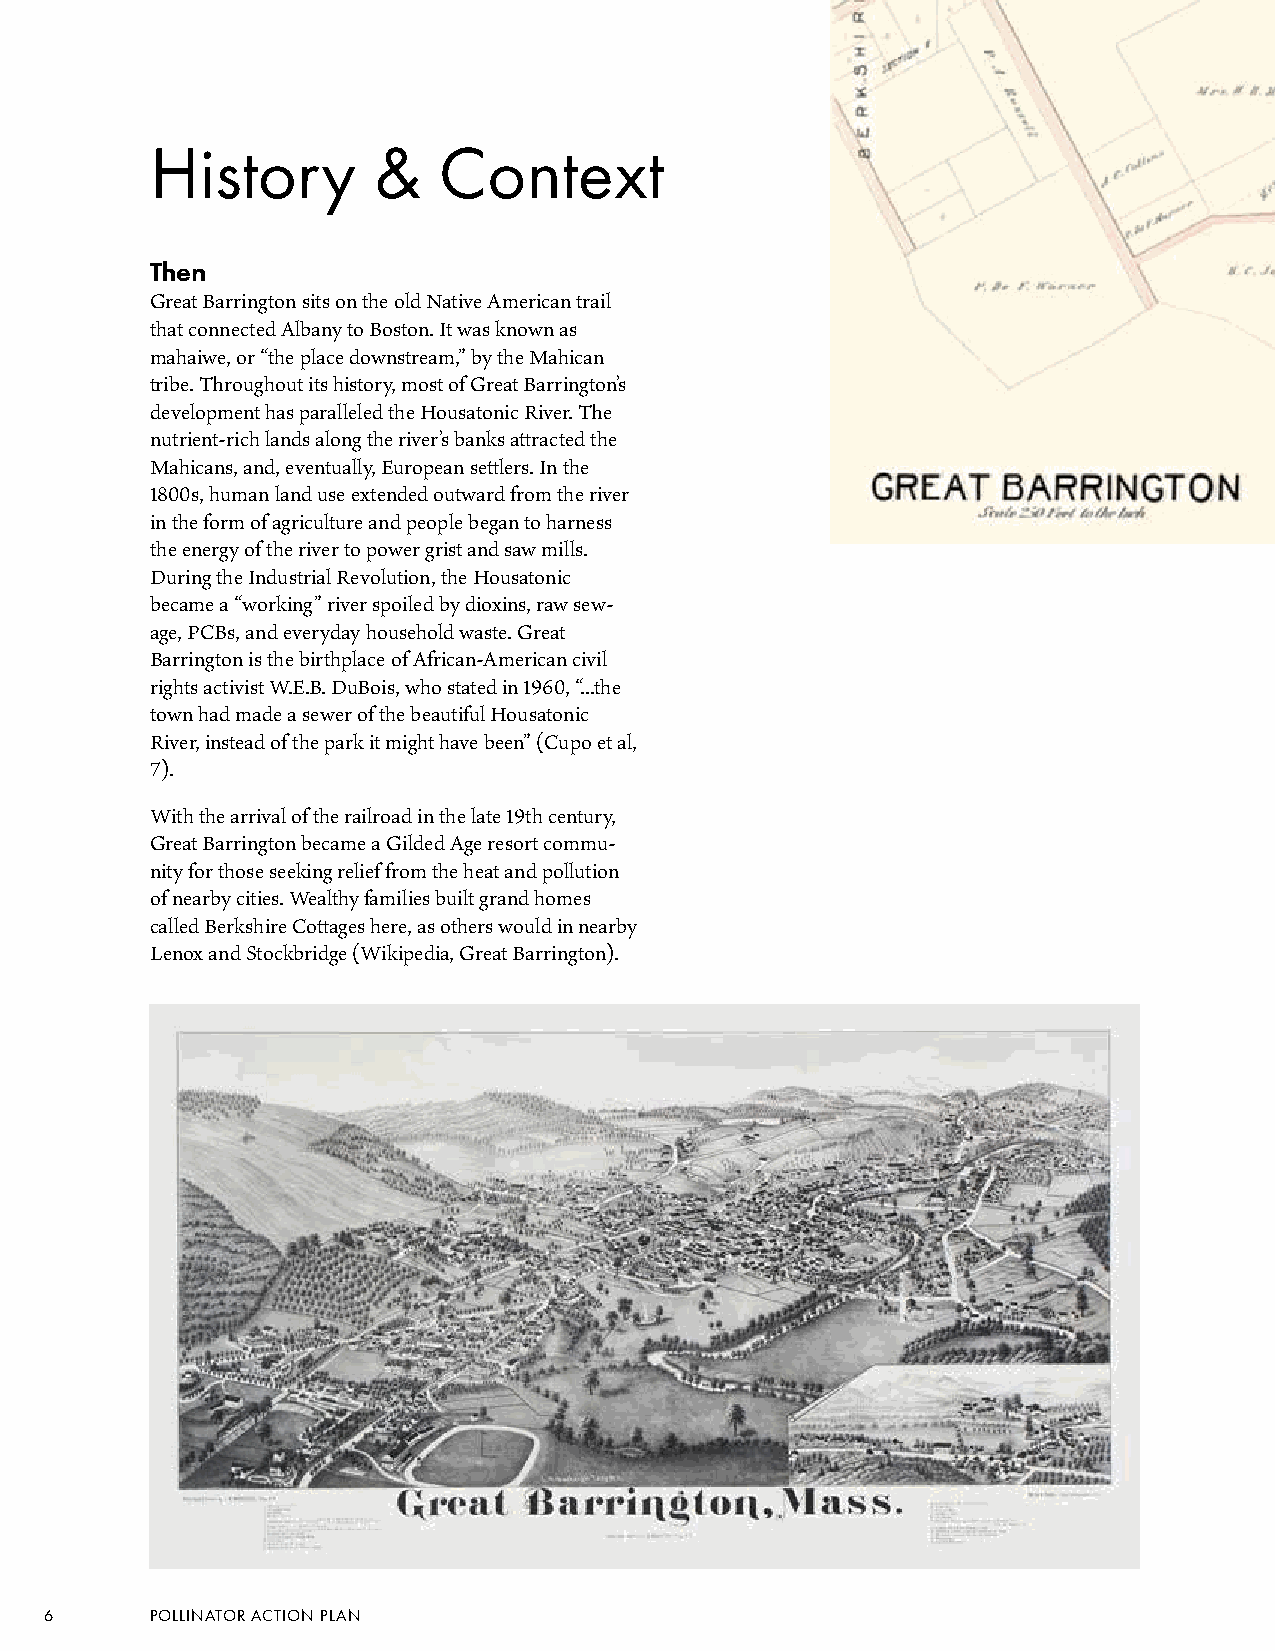
History        &   Context
 Then
 Great Barrington sits on the old Native American trail
 that connected Albany to Boston. It was known as
 mahaiwe, or “the place downstream,” by the Mahican
 tribe. Throughout its history, most of Great Barrington’s
 development has paralleled the Housatonic River. The
 nutrient-rich lands along the river’s banks attracted the
 Mahicans, and, eventually, European settlers. In the
 1800s, human land use extended outward from the river
 in the form of agriculture and people began to harness
 the energy of the river to power grist and saw mills.
 During the Industrial Revolution, the Housatonic
 became a “working” river spoiled by dioxins, raw sew-
 age, PCBs, and everyday household waste. Great
 Barrington is the birthplace of African-American civil
 rights activist W.E.B. DuBois, who stated in 1960, “...the
 town had made a sewer of the beautiful Housatonic
 River, instead of the park it might have been” (Cupo et al,
 7).
 With the arrival of the railroad in the late 19th century,
 Great Barrington became a Gilded Age resort commu-
 nity for those seeking relief from the heat and pollution
 of nearby cities. Wealthy families built grand homes
 called Berkshire Cottages here, as others would in nearby
 Lenox and Stockbridge (Wikipedia, Great Barrington).
 6      POLLINATOR ACTION PLAN